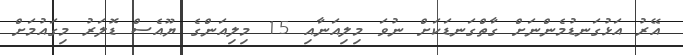
އޭރު އަޅުގަނޑުމެންނަށް ގާތްގަނޑަކަށް ނުވަ މިލިއަނާއި 15 މިލިއަންގެ ޔޫއެސް ޑޮލަރު މިގައުމަށް